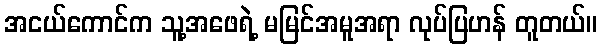
အငယ်ကောင်က သူ့အဖေရဲ့ မမြင်အမူအရာ လုပ်ပြဟန် တူတယ်။